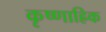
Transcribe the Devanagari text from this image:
कृष्णाह्रिक